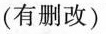
(有删改)